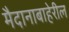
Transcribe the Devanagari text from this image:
मैदानाबाहेरील